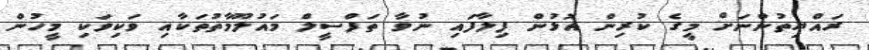
ރައްޔިތުންނަށް މީގެ ކުރިން އޮޅުން ފިލާފައި ނުވާ ތަފްސީލް މައުލޫމާތުތަކާއި ވަކިވަކި މީހުން